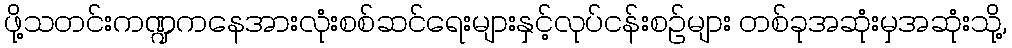
ဖို့သတင်းကဏ္ဍကနေအားလုံးစစ်ဆင်ရေးများနှင့်လုပ်ငန်းစဉ်များ တစ်ခုအဆုံးမှအဆုံးသို့,